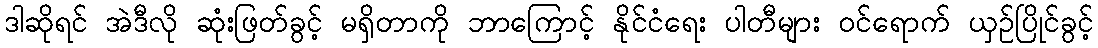
ဒါဆိုရင် အဲဒီလို ဆုံးဖြတ်ခွင့် မရှိတာကို ဘာကြောင့် နိုင်ငံရေး ပါတီများ ဝင်ရောက် ယှဉ်ပြိုင်ခွင့်